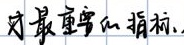
对最重要的指标,